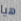
هيا